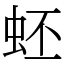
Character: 蚽